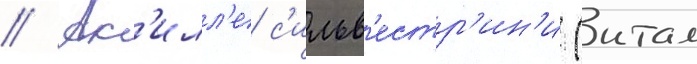
// Ак'илл'е с'ильв'естр'ин'и (итал